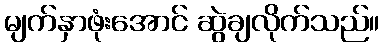
မျက်နှာဖုံးအောင် ဆွဲချလိုက်သည်။